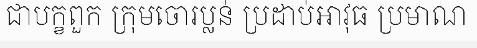
ជាបក្ខពួក ក្រុមចោរប្លន់ ប្រដាប់អាវុធ ប្រមាណ